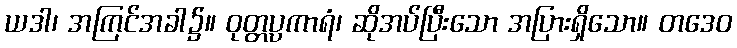
ယဒါ၊ အကြင်အခါ၌။ ဝုတ္တပ္ပကာရံ၊ ဆိုအပ်ပြီးသော အပြားရှိသော။ တဒေဝ